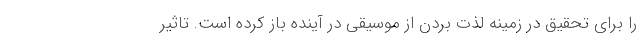
را برای تحقیق در زمینه لذت بردن از موسیقی در آینده باز کرده است. تاثیر